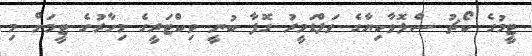
ޓީމުގެ ކޯޗު ސްލޮވާކިޔާގެ ވަލްޑަމީރު ގޮފާ ބުނީ ވިކްޓަރީގެ މިހާރުގެ ޓީމަށް މި